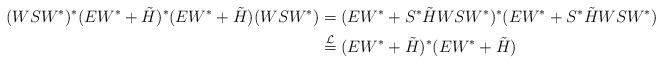
LaTeX: \begin{align*}(WSW^*)^*(EW^*+\tilde{H})^*(EW^*+\tilde{H})(WSW^*) &= (EW^*+S^*\tilde{H}WSW^*)^*(EW^*+S^*\tilde{H}WSW^*)\\&\stackrel{\mathcal{L}}{=}(EW^*+\tilde{H})^*(EW^*+\tilde{H})\end{align*}